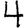
Digit: 4